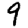
Digit: 9